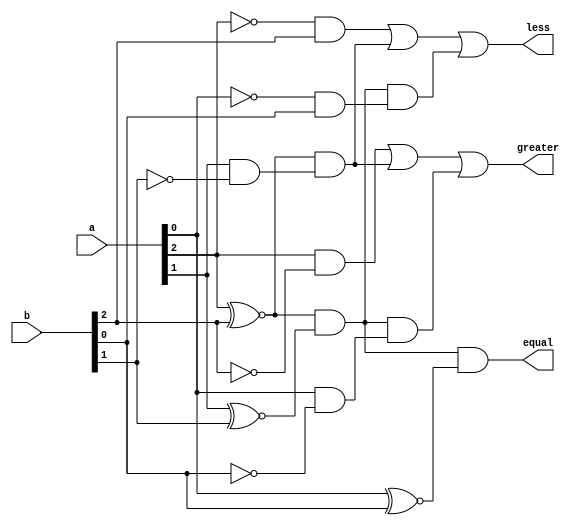
`timescale 1ns / 1ps
module threebitcmp(equal,greater,less,a,b);

    output equal, greater, less;
    input [2:0] a, b;
    assign equal = (a[2] ^~ b[2]) & (a[1] ^~ b[1]) & (a[0] ^~ b[0]);
    assign greater = (a[2] & ~b[2]) | ((a[2] ^~ b[2]) & (a[1] & ~b[1])) | ((a[2] ^~ b[2]) & (a[1] ^~ b[1]) & (a[0] & ~b[0])) ;
    assign less = (~a[2] & b[2]) | ((a[2] ^~ b[2]) & (a[1] & ~b[1])) | ((a[2] ^~ b[2]) & (a[1] ^~ b[1]) & (~a[0] & b[0])) ;

endmodule